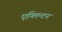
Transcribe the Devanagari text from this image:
एग्लिन्टन